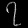
Digit: ၇